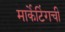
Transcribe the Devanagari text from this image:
मार्केटिंगची